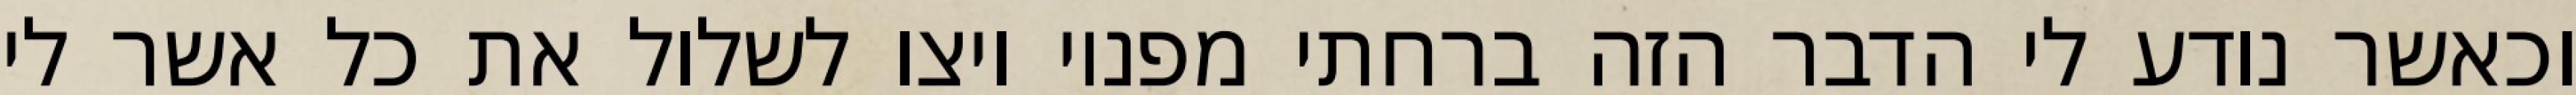
וכאשר נודע לי הדבר הזה ברחתי מפניו ויצו לשלול את כל אשר לי